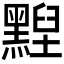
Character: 𪑺